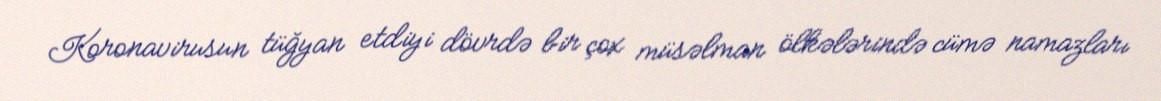
Koronavirusun tüğyan etdiyi dövrdə bir çox müsəlman ölkələrində cümə namazları